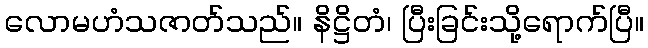
လောမဟံသဇာတ်သည်။ နိဋ္ဌိတံ၊ ပြီးခြင်းသို့ရောက်ပြီ။